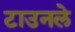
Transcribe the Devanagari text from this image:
टाउनले